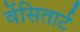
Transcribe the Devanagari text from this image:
वेंसितार्ट